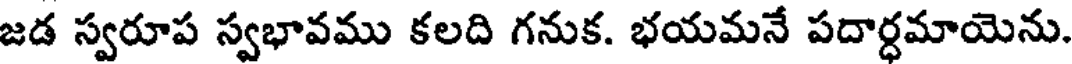
జడ స్వరూప స్వభావము కలది గనుక. భయమనే పదార్ధమాయెను.